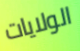
الولايات